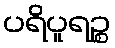
ပရိပူရဉ္စ